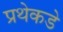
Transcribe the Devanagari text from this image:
प्रथेकडे